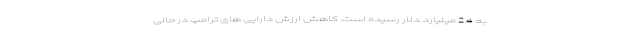
به 2.4 میلیارد دلار رسیده است. کاهش ارزش دارایی های ترامپ در حالی